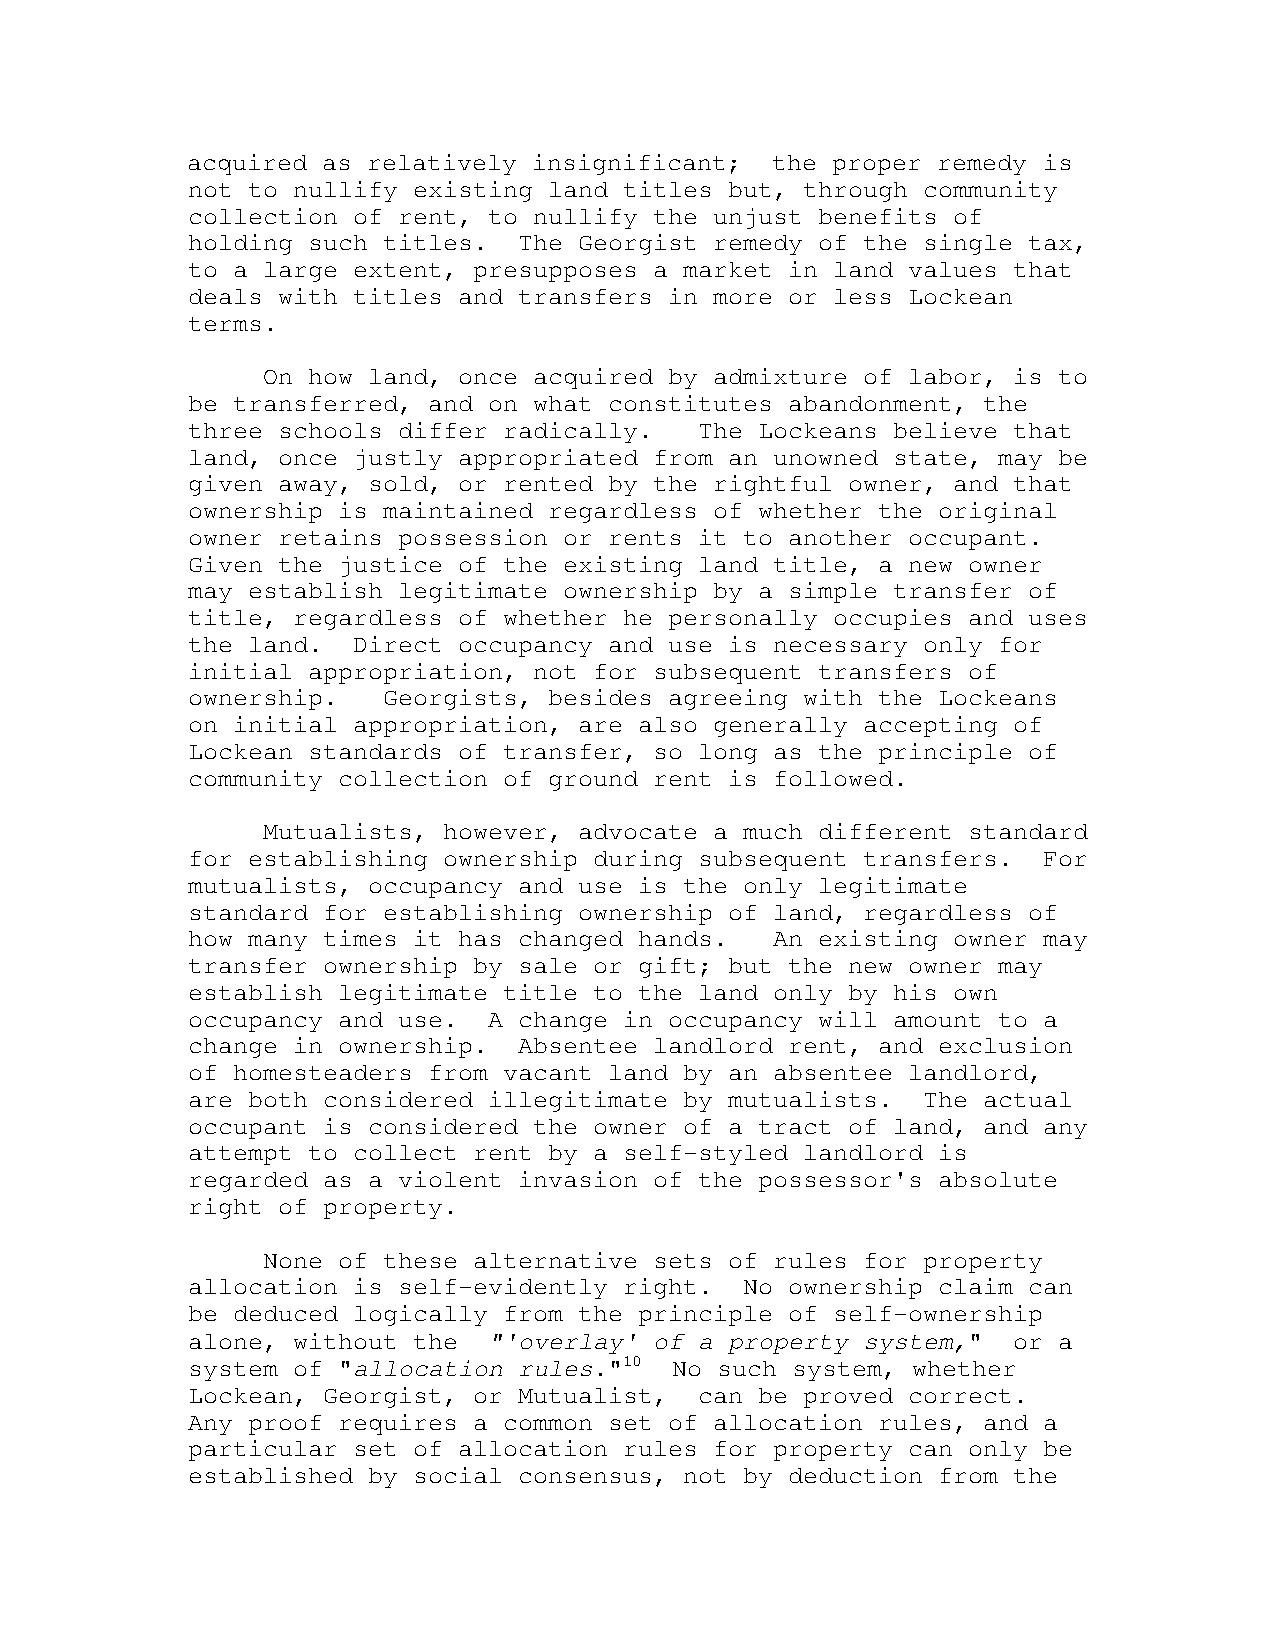
acquired as relatively insignificant;  the proper remedy is
 not to nullify existing land titles but, through community
 collection of rent, to nullify the unjust benefits of
 holding such titles.  The Georgist remedy of the single tax,
 to a large extent, presupposes a market in land values that
 deals with titles and transfers in more or less Lockean
 terms.
 On how land, once acquired by admixture of labor, is to
 be transferred, and on what constitutes abandonment, the
 three schools differ radically.   The Lockeans believe that
 land, once justly appropriated from an unowned state, may be
 given away, sold, or rented by the rightful owner, and that
 ownership is maintained regardless of whether the original
 owner retains possession or rents it to another occupant.
 Given the justice of the existing land title, a new owner
 may establish legitimate ownership by a simple transfer of
 title, regardless of whether he personally occupies and uses
 the land.  Direct occupancy and use is necessary only for
 initial appropriation, not for subsequent transfers of
 ownership.   Georgists, besides agreeing with the Lockeans
 on initial appropriation, are also generally accepting of
 Lockean standards of transfer, so long as the principle of
 community collection of ground rent is followed.
 Mutualists, however, advocate a much different standard
 for establishing ownership during subsequent transfers.  For
 mutualists, occupancy and use is the only legitimate
 standard for establishing ownership of land, regardless of
 how many times it has changed hands.   An existing owner may
 transfer ownership by sale or gift; but the new owner may
 establish legitimate title to the land only by his own
 occupancy and use.  A change in occupancy will amount to a
 change in ownership.  Absentee landlord rent, and exclusion
 of homesteaders from vacant land by an absentee landlord,
 are both considered illegitimate by mutualists.  The actual
 occupant is considered the owner of a tract of land, and any
 attempt to collect rent by a self-styled landlord is
 regarded as a violent invasion of the possessor's absolute
 right of property.
 None of these alternative sets of rules for property
 allocation is self-evidently right.  No ownership claim can
 be deduced logically from the principle of self-ownership
 alone, without the  "'overlay' of a property system,"  or a
 system of "allocation rules."10 No such system, whether
 Lockean, Georgist, or Mutualist,  can be proved correct.
 Any proof requires a common set of allocation rules, and a
 particular set of allocation rules for property can only be
 established by social consensus, not by deduction from the